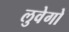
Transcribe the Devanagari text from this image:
लुवेगो